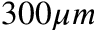
3 0 0 \mu m